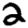
Digit: 2